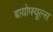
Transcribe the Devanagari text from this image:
बायोफ्यूल्स